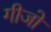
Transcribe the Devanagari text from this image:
गीजो